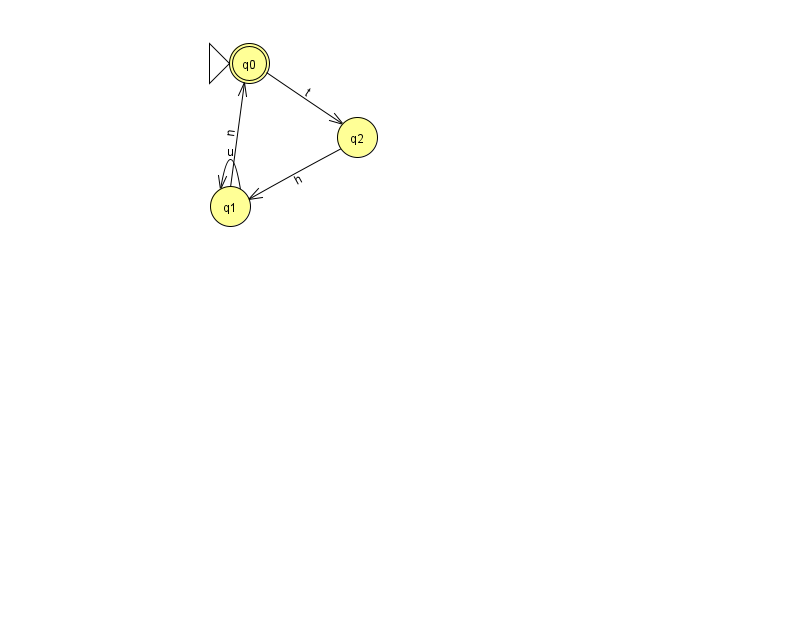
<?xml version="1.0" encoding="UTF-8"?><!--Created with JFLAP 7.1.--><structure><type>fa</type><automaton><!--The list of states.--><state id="0" name="q0"><x>249.0</x><y>50.0</y><initial/><final/></state><state id="1" name="q1"><x>230.0</x><y>193.0</y></state><state id="2" name="q2"><x>357.0</x><y>124.0</y></state><!--The list of transitions.--><transition><from>2</from><to>1</to><read>h</read></transition><transition><from>1</from><to>1</to><read>u</read></transition><transition><from>0</from><to>2</to><read>t</read></transition><transition><from>1</from><to>0</to><read>n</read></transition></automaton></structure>